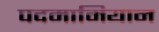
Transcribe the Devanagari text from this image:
पदमामियान